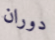
دوران